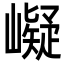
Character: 㠜